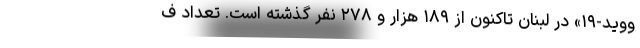
ووید-۱۹» در لبنان تاکنون از ۱۸۹ هزار و ۲۷۸ نفر گذشته است. تعداد ف